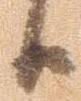
候